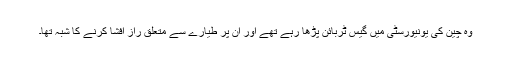
وہ چین کی یونیورسٹی میں گیس ٹربائن پڑھا رہے تھے اور ان پر طیارے سے متعلق راز افشا کرنے کا شبہ تھا۔